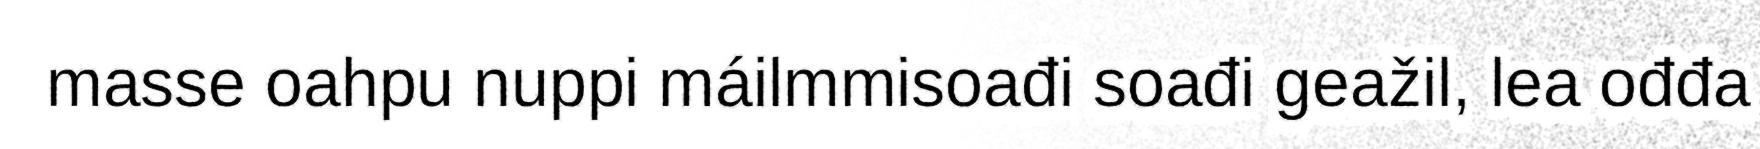
masse oahpu nuppi máilmmisoađi soađi geažil, lea ođđa